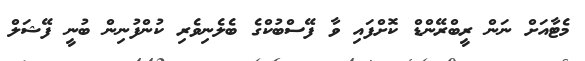
މެޓާއަށް ނަން ރީބްރޭންޑް ކޮށްފައި ވާ ފޭސްބުކްގެ ބެލެނިވެރި ކުންފުނިން ބުނީ ފޭޝަލް